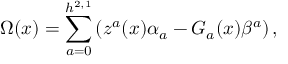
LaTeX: \Omega ( x ) = \sum _ { a = 0 } ^ { h ^ { 2 , 1 } } \left( z ^ { a } ( x ) \alpha _ { a } - { \cal G } _ { a } ( x ) \beta ^ { a } \right) ,